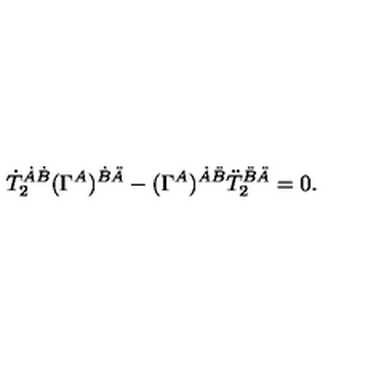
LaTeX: \dot { T } _ { 2 } ^ { \dot { A } \dot { B } } ( \Gamma ^ { A } ) ^ { \dot { B } \ddot { A } } - ( \Gamma ^ { A } ) ^ { \dot { A } \ddot { B } } \ddot { T } _ { 2 } ^ { \ddot { B } \ddot { A } } = 0 .